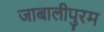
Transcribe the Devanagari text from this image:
जाबालीपुरम